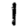
Digit: 1